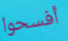
أفسحوا